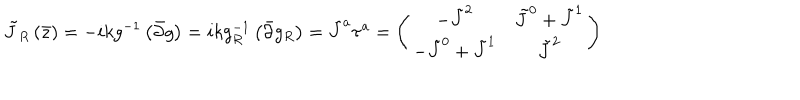
LaTeX: \tilde { J } _ { R } \left( \bar { z } \right) = - i k g ^ { - 1 } \left( \bar { \partial } g \right) = i k g _ { R } ^ { - 1 } \left( \bar { \partial } g _ { R } \right) = \tilde { J } ^ { a } \tau ^ { a } = \left( \begin{array} { c c } { { - \tilde { J } ^ { 2 } } } & { { \tilde { J } ^ { 0 } + \tilde { J } ^ { 1 } } } \\ { { - \tilde { J } ^ { 0 } + \tilde { J } ^ { 1 } } } & { { \tilde { J } ^ { 2 } } } \\ \end{array} \right)